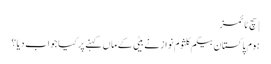
| سچ ٹائمز
ہوم پاکستان بیگم کلثوم نواز نے بیٹی کے ماں کہنے پر کیا جواب دیا؟